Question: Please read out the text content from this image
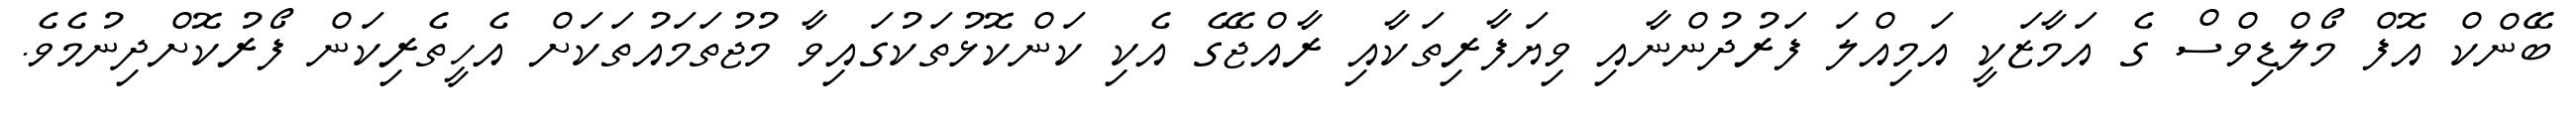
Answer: ބޭންކް އޮފް މޯލްޑިވްސް ގެ އަމާޒަކީ އަމިއްލަ ފަރުދުންނާއި ވިޔަފާރިތަކާއި ރާއްޖޭގެ އެކި ކަންކޮޅުތަކުގައިވާ މުޖުތަމައުތަކަށް އެހީތެރިކަން ފޯރުކޮށްދިނުމެވެ.